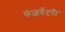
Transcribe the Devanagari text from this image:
कंज़र्वेटरी